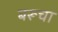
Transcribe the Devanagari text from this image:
बरूचा